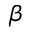
\beta